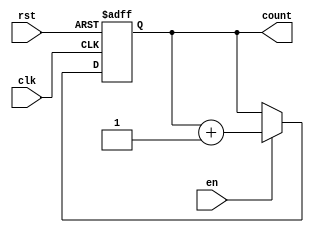
module up_counter_with_enable (
    input wire clk,     // Clock signal
    input wire en,      // Enable signal
    input wire rst,     // Asynchronous reset signal
    output reg [N-1:0] count // Count output
);
    
    // Parameter for the width of the counter
    parameter N = 4; // Modify this value for wider counters (e.g., N = 8 for an 8-bit counter)

    // Asynchronous reset and counting logic
    always @(posedge clk or posedge rst) begin
        if (rst) begin
            count <= 0; // Reset the count to 0
        end else if (en) begin
            count <= count + 1; // Increment the count if enabled
        end
    end

endmodule